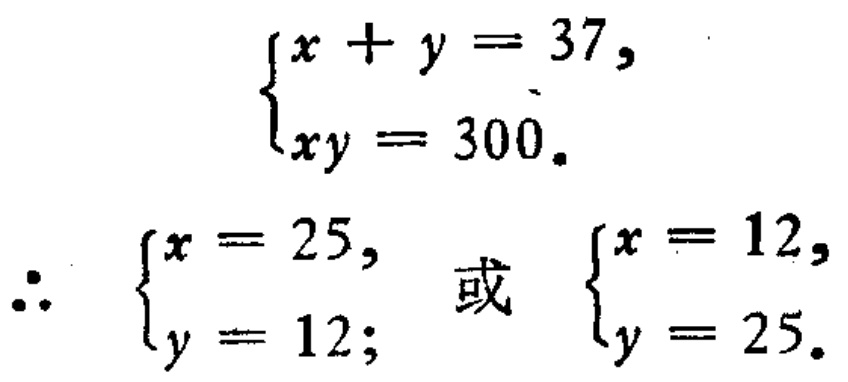
\[
\begin{cases}
x + y = 37, \\
xy = 300.
\end{cases}
\]
\(\therefore\)
\[
\begin{cases}
x = 25, \\
y = 12;
\end{cases}
\]
或
\[
\begin{cases}
x = 12, \\
y = 25.
\end{cases}
\]